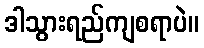
ဒါသွားရည်ကျစရာပဲ။